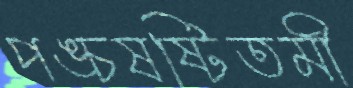
পঙ্চষষ্টিতমী